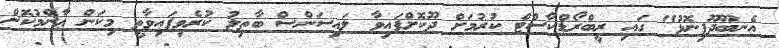
އެނބޫދޫފިނޮޅު" ގައި ރީބްރޯޑްކާސްޓް ކުރުމަށް ދޫކޮށްފައިވާ ލައިސަންސް ބާޠިލު ކުރެވިފައިވާތީ މިކަން ޢާންމުކޮށް